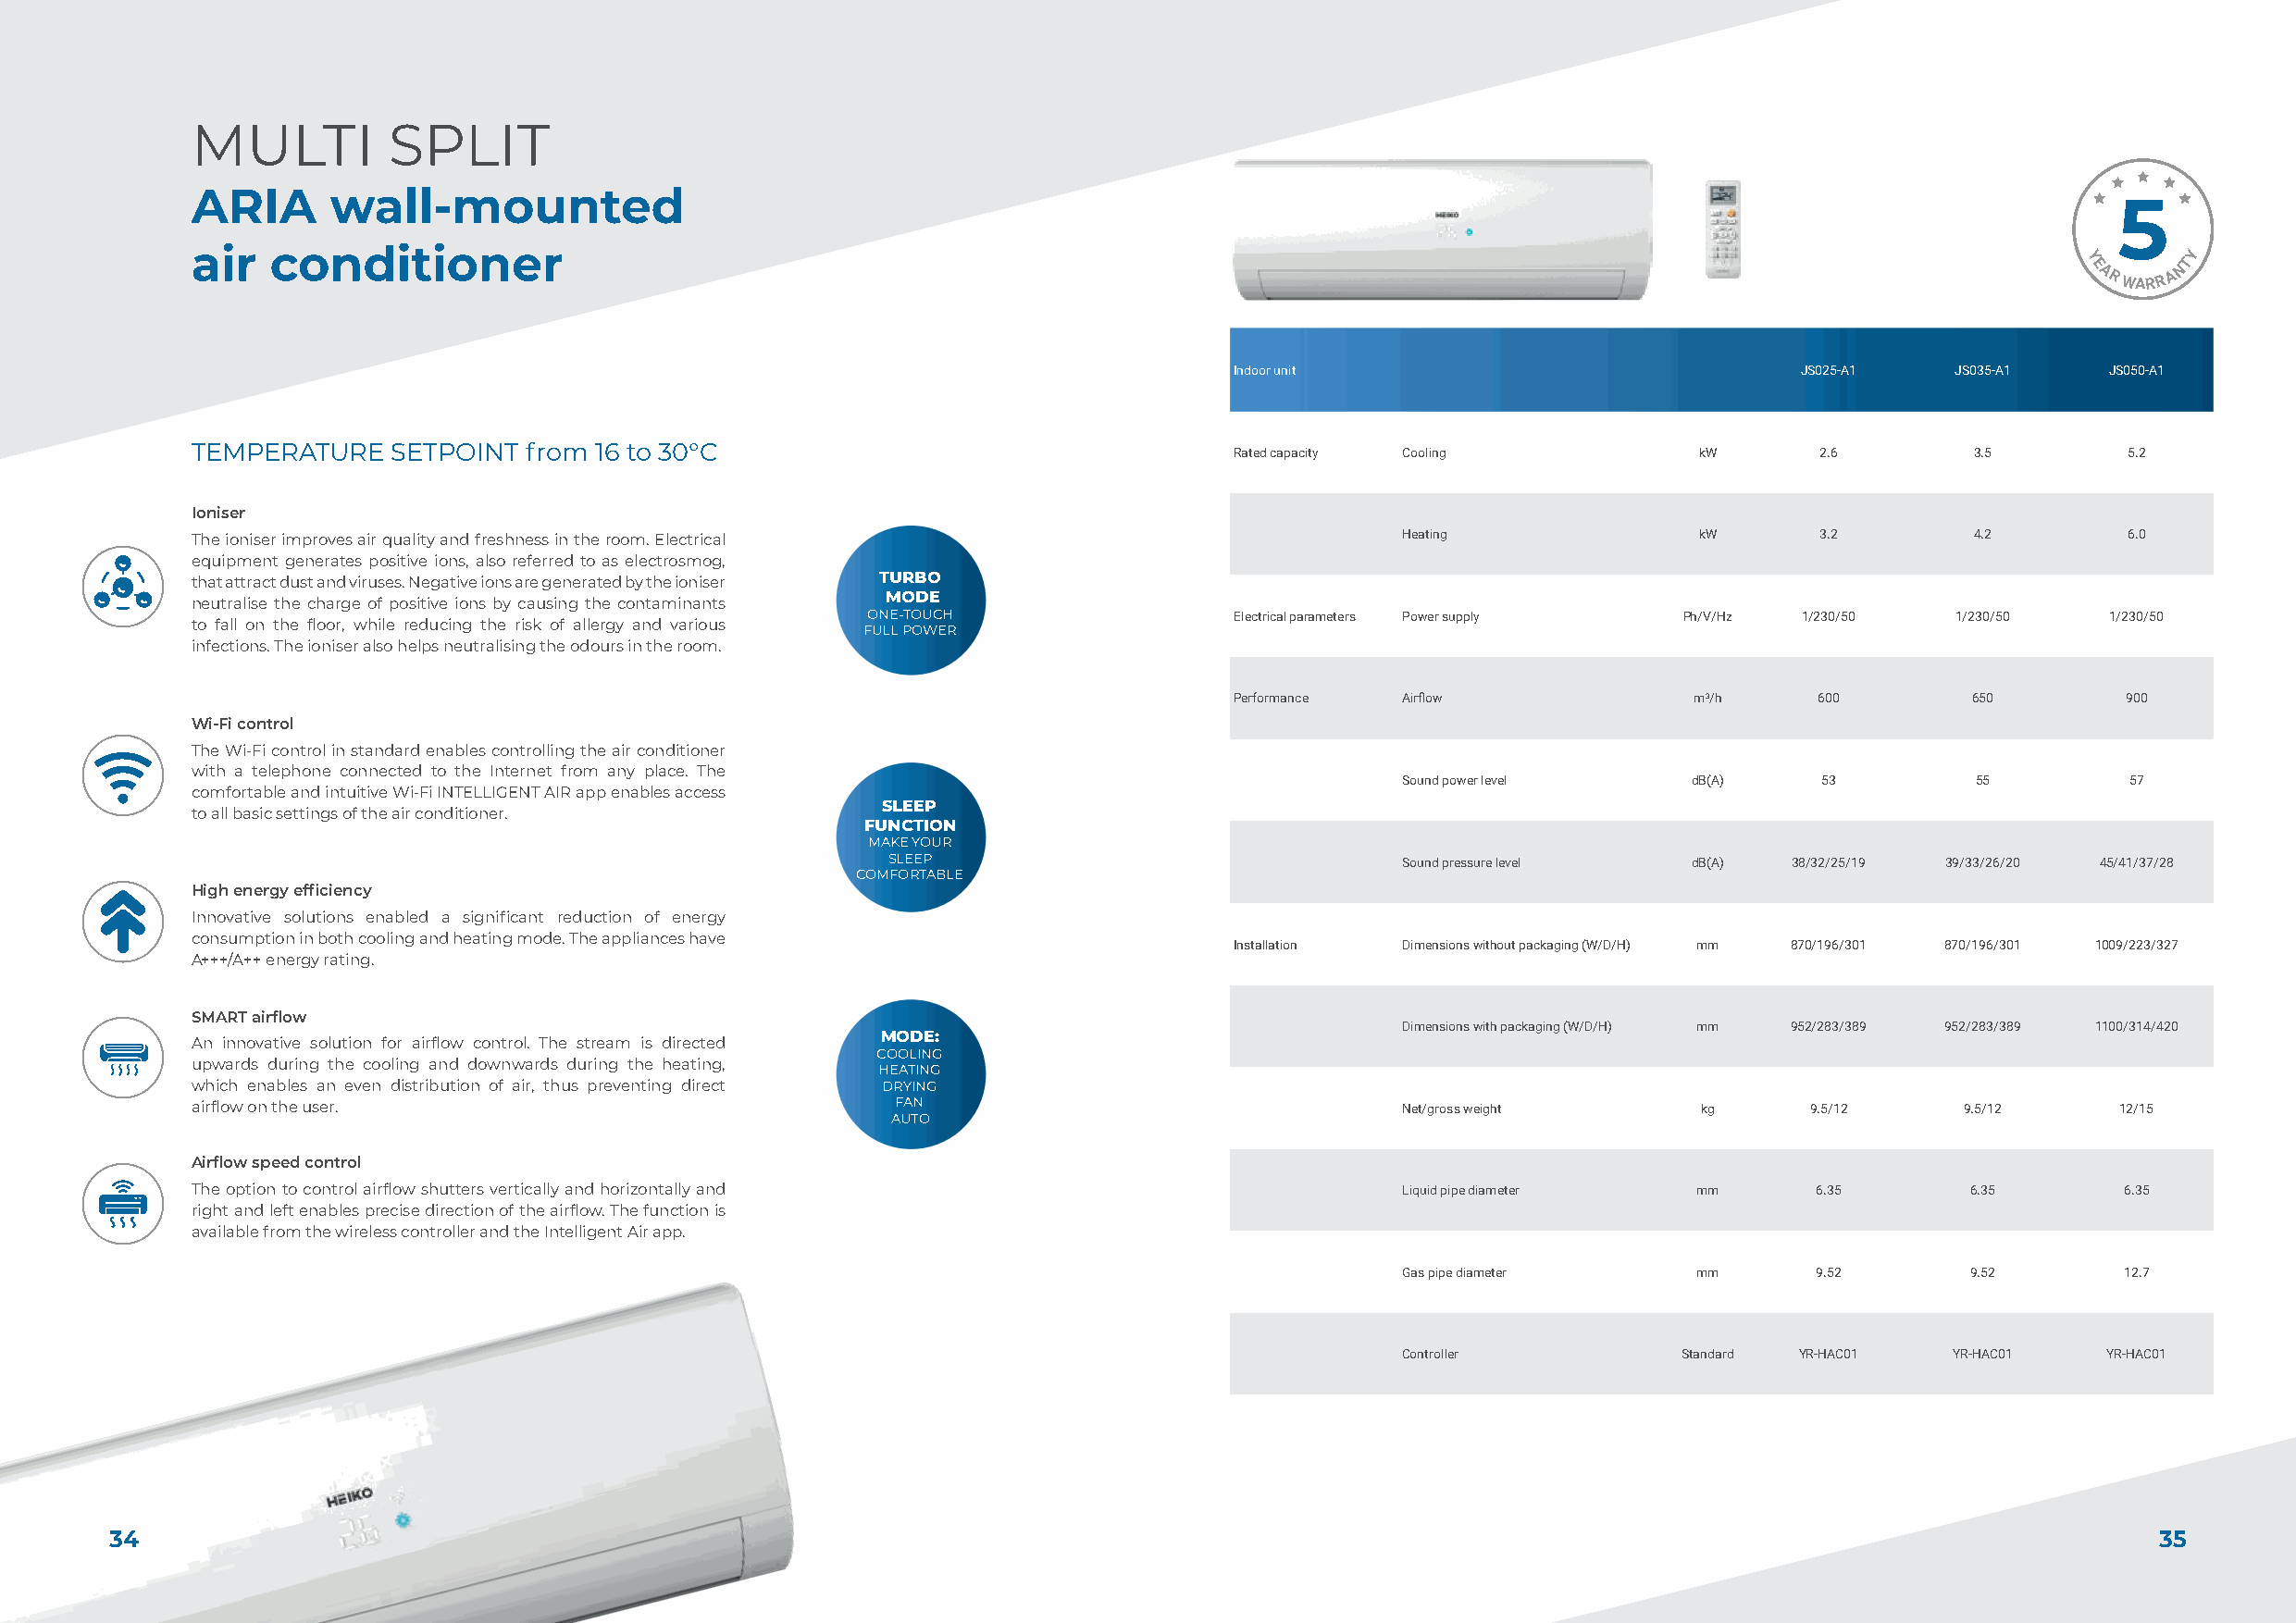
MULTI         SPLIT
 ARIA      wall-mounted
 air  conditioner                                                                                                                               Y
 Y      T
 E      N
 A R WARR A
 Indoor unit                              JS025-A1   JS035-A1   JS050-A1
 TEMPERATURE   SETPOINT  from 16 to 30°C                                   Rated capacity Cooling            kW      2.6        3.5        5.2
 Ioniser
 The ioniser improves air quality and freshness in the room. Electrical                Heating               kW      3.2        4.2        6.0
 equipment generates positive ions, also referred to as electrosmog,
 that attract dust and viruses. Negative ions are generated by the ioniser TURBO
 MODE
 neutralise the charge of positive ions by causing the contaminants
 ONE-TOUCH                 Electrical parameters Power supply Ph/V/Hz 1/230/50 1/230/50   1/230/50
 to fall on the floor, while reducing the risk of allergy and various
 FULL POWER
 infections. The ioniser also helps neutralising the odours in the room.
 Performance Airflow              m3/h     600        650        900
 Wi-Fi control
 The Wi-Fi control in standard enables controlling the air conditioner
 with a telephone connected to the Internet from any place. The
 Sound power level    dB(A)    53         55         57
 comfortable and intuitive Wi-Fi INTELLIGENT AIR app enables access
 SLEEP
 to all basic settings of the air conditioner.
 FUNCTION
 MAKE YOUR
 SLEEP                               Sound pressure level dB(A)  38/32/25/19 39/33/26/20 45/41/37/28
 COMFORTABLE
 High energy efficiency
 Innovative solutions enabled a significant reduction of energy
 consumption in both cooling and heating mode. The appliances have
 Installation Dimensions without packaging (W/D/H) mm 870/196/301 870/196/301 1009/223/327
 A+++/A++ energy rating.
 SMART airflow
 Dimensions with packaging (W/D/H) mm 952/283/389 952/283/389 1100/314/420
 MODE:
 An innovative solution for airflow control. The stream is directed
 COOLING
 upwards during the cooling and downwards during the heating,
 HEATING
 which enables an even distribution of air, thus preventing direct DRYING
 airflow on the user.                              FAN                                 Net/gross weight      kg     9.5/12     9.5/12      12/15
 AUTO
 Airflow speed control
 The option to control airflow shutters vertically and horizontally and                Liquid pipe diameter mm       6.35       6.35       6.35
 right and left enables precise direction of the airflow. The function is
 available from the wireless controller and the Intelligent Air app.
 Gas pipe diameter    mm       9.52       9.52       12.7
 Controller          Standard YR-HAC01   YR-HAC01   YR-HAC01
 34                                                                                                                                                35